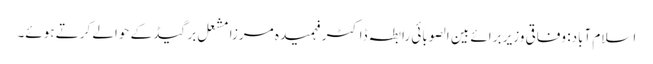
اسلام آباد: وفاقی وزیر برائے بین الصوبائی رابطہ ڈاکٹر فہمیدہ مرزا مشعل برگیڈ کے حوالے کرتے ہوئے۔